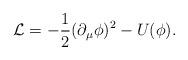
LaTeX: \begin{align*}{\cal L}=-\frac{1}{2}(\partial_{\mu}\phi)^2-U(\phi).\end{align*}